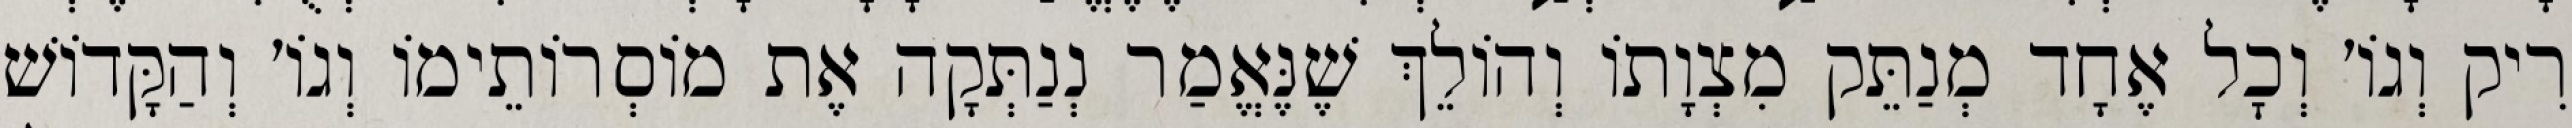
רִיק וְגוֹ׳ וְכׇל אֶחָד מְנַתֵּק מִצְוָתוֹ וְהוֹלֵךְ שֶׁנֶּאֱמַר נְנַתְּקָה אֶת מוֹסְרוֹתֵימוֹ וְגוֹ׳ וְהַקָּדוֹשׁ